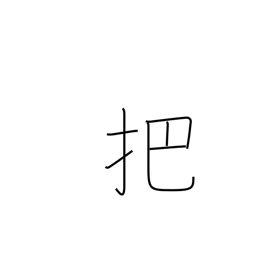
Meaning: faggot